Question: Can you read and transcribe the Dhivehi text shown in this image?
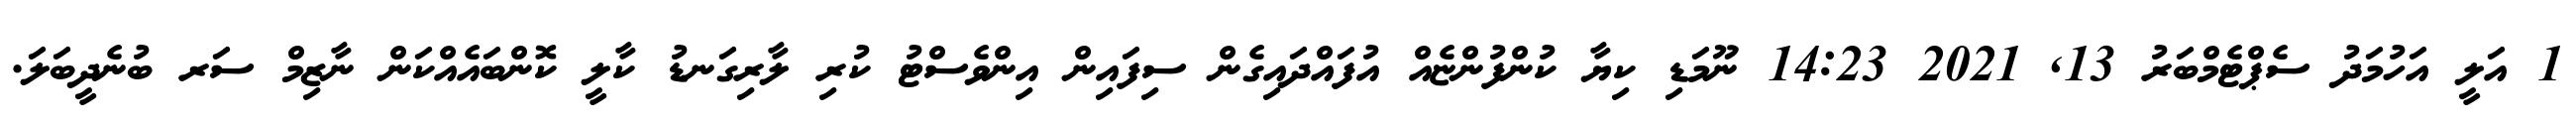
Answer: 1 އަލީ އަހުމަދު ސެޕްޓެމްބަރު 13, 2021 14:23 ނޫމަޑި ކިޔާ ކުންފުންޏެއް އުފައްދައިގެން ސިފައިން އިންވެސްޓު ކުރި ލާރިގަނޑު ކާލީ ކޮންބައެއްކަން ނާޒިމް ސަރ ބުނެދީބަލަ.